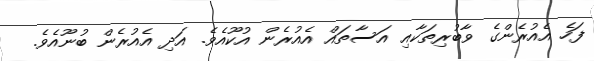
ފަހެ އެއުރެންގެ ވާބުރިތަކާއި އަސާތައް އެއުރެން އުކޫއެވެ. އަދި އެއުރެން ބުނޫއެވެ.